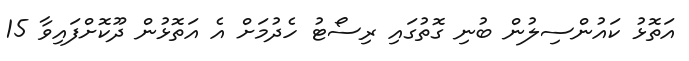
އަތޮޅު ކައުންސިލުން ބުނި ގޮތުގައި ރިސޯޓު ހެދުމަށް އެ އަތޮޅުން ދޫކޮށްފައިވާ 15